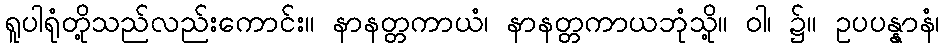
ရူပါရုံတို့သည်လည်းကောင်း။ နာနတ္တကာယံ၊ နာနတ္တကာယဘုံသို့။ ဝါ၊ ၌။ ဥပပန္နာနံ၊